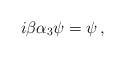
LaTeX: \begin{align*}i\beta\alpha_3\psi = \psi\,,\end{align*}